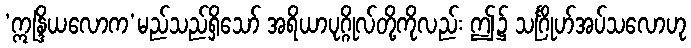
‘ဣန္ဒြိယလောက’မည်သည်ရှိသော် အရိယာပုဂ္ဂိုလ်တို့ကိုလည်း ဤ၌ သင်္ဂြိုဟ်အပ်သလောဟု